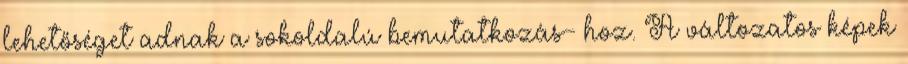
lehetőséget adnak a sokoldalú bemutatkozás- hoz. A változatos képek